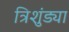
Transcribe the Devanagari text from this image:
त्रिशुंड्या